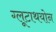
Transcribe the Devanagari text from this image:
ग्लूटाथयोन